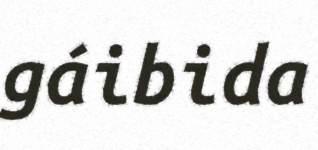
gáibida